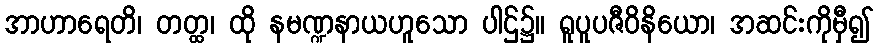
အာဟာရေတိ၊ တတ္ထ၊ ထို နမဏ္ဍနာယဟူသော ပါဌ်၌။ ရူပူပဇီဝိနိယော၊ အဆင်းကိုမှီ၍